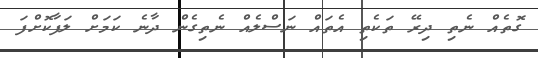
ގޮތެއް ނެތި ދިރޭ ތަކެތި އެތައް ނަސްލެއް ނެތިގެން ދާނެ ކަމަށް ލަފާކޮށްފަ